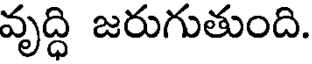
వృద్ధి జరుగుతుంది.